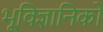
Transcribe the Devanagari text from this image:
भूविज्ञानिकों